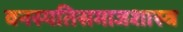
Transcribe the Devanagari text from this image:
वनस्पतिसमाजशास्त्र